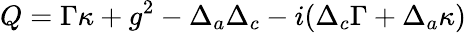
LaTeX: Q=\Gamma\kappa+g^{2}-\Delta_{a}\Delta_{c}-i(\Delta_{c}\Gamma+\Delta_{a}\kappa)